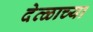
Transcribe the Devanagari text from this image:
देव्ळाच्या